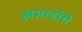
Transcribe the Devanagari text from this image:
अमाडोरी